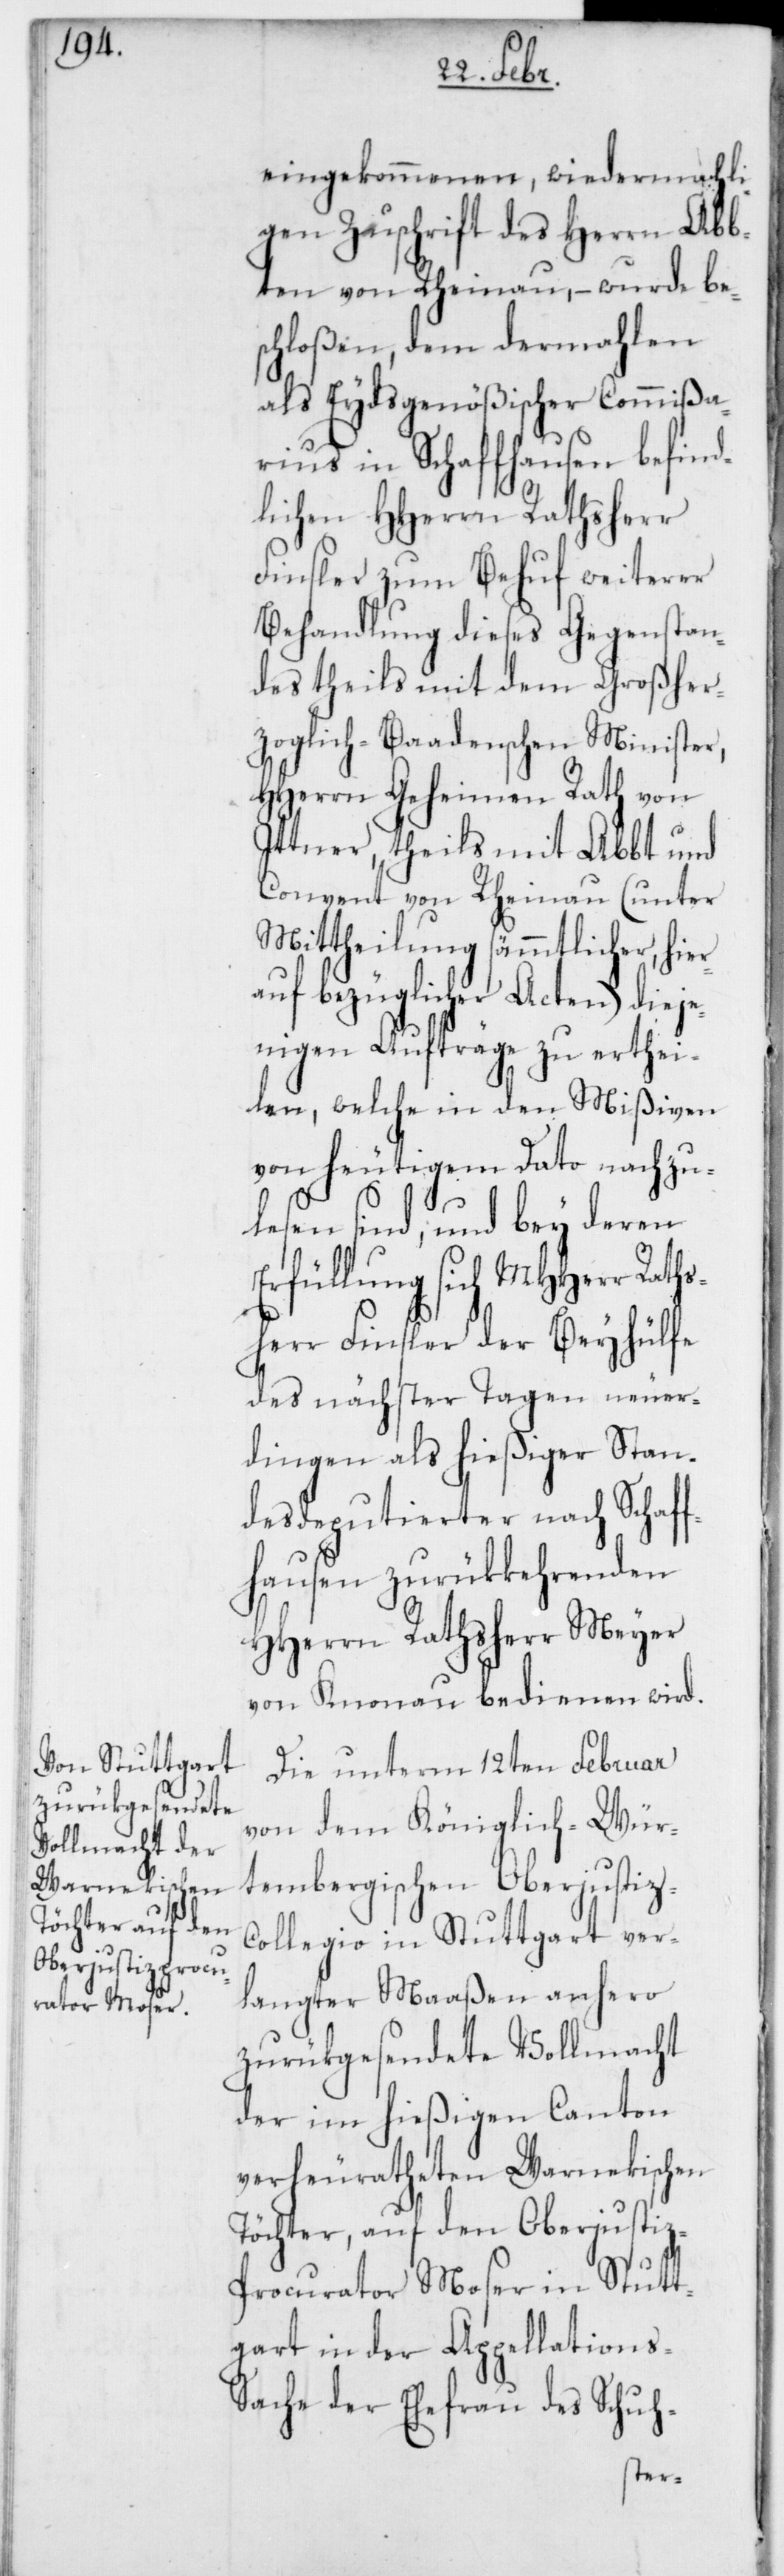
eingekommenen wiedermahli¬
gen Zuschrift des Herrn Abb¬
ten von Rheinau, – wurde be¬
schloßen, dem dermahlen
als Eydsgenößischer Commißa¬
rius in Schaffhausen befind¬
lichen HHerrn Rathsherr
Finsler zum Behuf weiterer
Behandlung dieses Gegenstan¬
des theils mit dem Großher¬
zoglich-Baadenschen Minister,
HHerrn Geheimen Rath von
Ittner, theils mit Abbt und
Convent von Rheinau (unter
Mittheilung sämmtlicher, hier¬
auf bezüglichen Acten) dieje¬
nigen Aufträge zu erthei¬
len, welche in den Mißiven
von heutigem Dato nachzu¬
lesen sind, und bey deren
Erfüllung sich MHHerr Raths¬
herr Finsler der Beyhülfe
des nächster Tagen neuer¬
dingen als hießiger Stan¬
desdeputierter nach Schaff¬
hausen zurükkehrenden
HHerrn Rathsherr Meyer
von Knonau, bedienen wird.
Die unterm 12ten Februar
von dem Königlich-Wür¬
tembergischen Oberjustiz-C¬
ollegio in Stuttgart ver¬
langter Maaßen anhero
zurükgesendete Vollmacht
der im hießigen Canton
verheuratheten Warnekischen
Töchter, auf den Oberjustiz-P¬
rocurator Moser in Stutt¬
gart in der Appellations-S¬
ache der Ehefrau des Schuh-